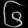
Digit: ၆